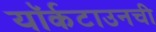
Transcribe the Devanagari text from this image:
यॉर्कटाउनची